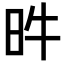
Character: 𣅫